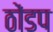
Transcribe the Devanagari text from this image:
ठोंडप